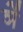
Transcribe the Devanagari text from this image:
ञें